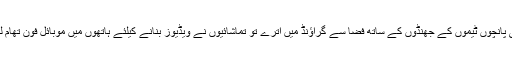
پاک فوج کے جوان پی ایس ایل کی پانچوں ٹیموں کے جھنڈوں کے ساتھ فضا سے گراﺅنڈ میں اترے تو تماشائیوں نے ویڈیوز بنانے کیلئے ہاتھوں میں موبائل فون تھام لیے اور نگاہیں آسمانوں پر جمالیں۔